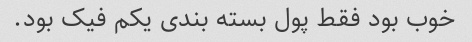
خوب بود فقط پول بسته بندی یکم فیک بود.